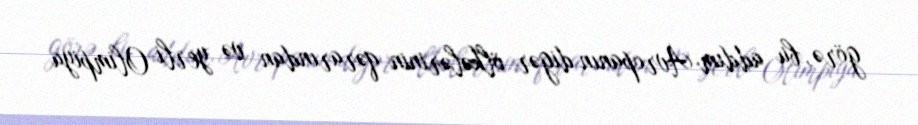
görə, bu addım Avropanın digər ölkələrinin qərarından və yerli Olimpiya